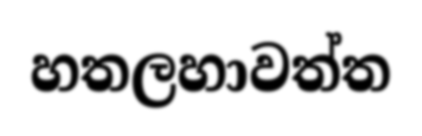
හතලහාවත්ත